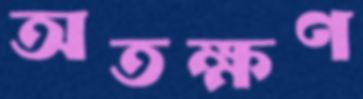
অতক্ষণ